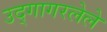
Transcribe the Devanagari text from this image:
उद्गागरलेले